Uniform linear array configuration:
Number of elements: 48
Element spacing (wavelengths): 0.75
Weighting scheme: hamming
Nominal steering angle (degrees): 60
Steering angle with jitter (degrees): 61.684
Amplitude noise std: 0.05
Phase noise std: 0.05

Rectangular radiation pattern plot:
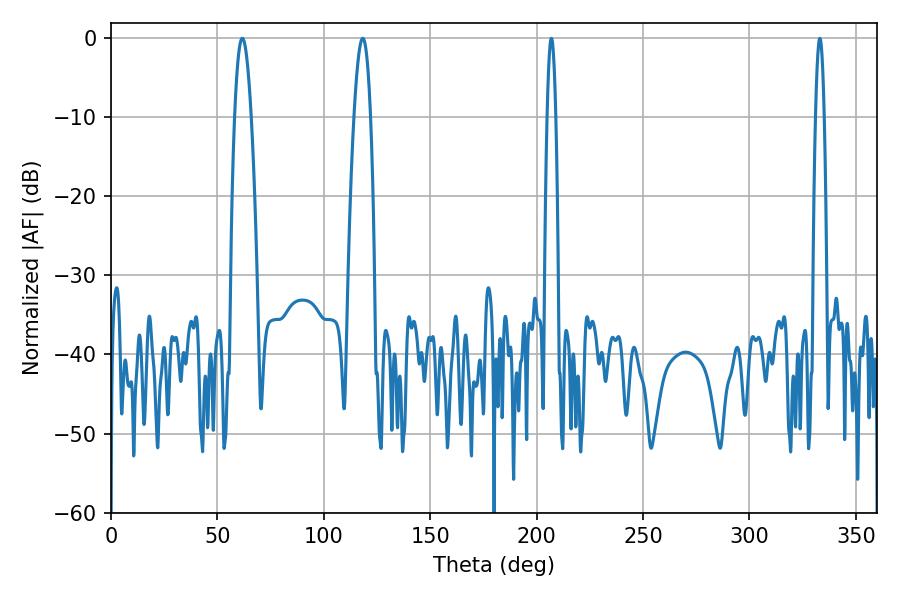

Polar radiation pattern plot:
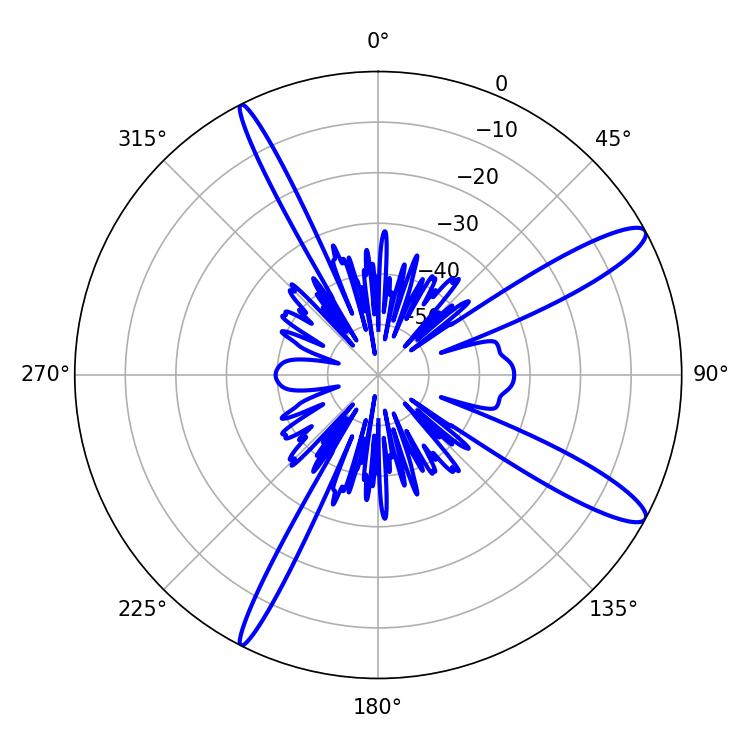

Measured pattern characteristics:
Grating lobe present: TRUE
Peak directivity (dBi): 12.829
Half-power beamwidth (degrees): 4.32
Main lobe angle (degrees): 61.74